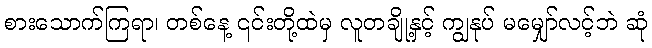
စားသောက်ကြရာ၊ တစ်နေ့ ၎င်းတို့ထဲမှ လူတချို့နှင့် ကျွနုပ် မမျှော်လင့်ဘဲ ဆုံ